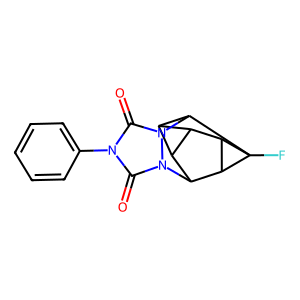
SMILES: O=c1n(-c2ccccc2)c(=O)n2n1C1C3C4C3C2C2(F)C4C12
Inhibits HIV replication: No